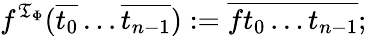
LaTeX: f^{{\mathfrak{T}}_{\Phi}}({\overline{{t_{0}}}}\ldots{\overline{{t_{n-1}}}}):={\overline{{ft_{0}\ldots t_{n-1}}}};